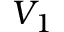
{ \cal V } _ { 1 }